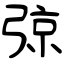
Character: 弶